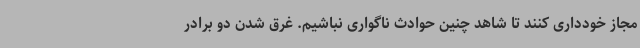
مجاز خودداری کنند تا شاهد چنین حوادث ناگواری نباشیم. غرق شدن دو برادر